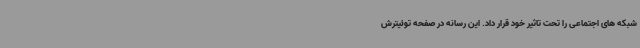
شبکه های اجتماعی را تحت تاثیر خود قرار داد. این رسانه در صفحه توئیترش